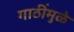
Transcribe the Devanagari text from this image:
गाठींमुळे